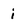
Character: i